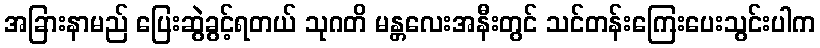
အခြားနာမည် ပြေးဆွဲခွင့်ရတယ် သုဂတိ မန္တလေးအနီးတွင် သင်တန်းကြေးပေးသွင်းပါက